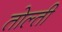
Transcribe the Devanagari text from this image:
तोल्ती